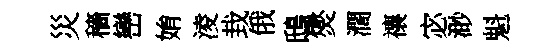
災穡巒姢淩㘽俄鴟爕濶禳宓渺魁